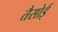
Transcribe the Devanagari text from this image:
तैसोई